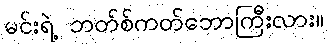
မင်းရဲ့ ဘတ်စ်ကတ်ဘောကြီးလား။